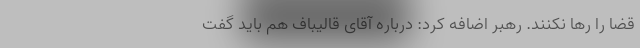
قضا را رها نکنند. رهبر اضافه کرد: درباره آقای قالیباف هم باید گفت